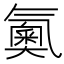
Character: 鿫